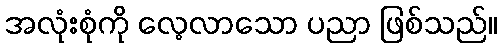
အလုံးစုံကို လေ့လာသော ပညာ ဖြစ်သည်။